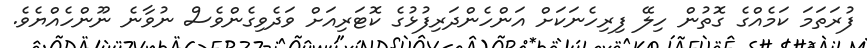
ފުރަތަމަ ކަމެއްގެ ގޮތުން ހިލޭ ފިރިހެނަކަށް އަންހެންދަރިފުޅުގެ ކޮޓަރިއަށް ވަދެވިގެންވެސް ނުވާނެ ނޫންހެއްޔެވެ.